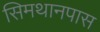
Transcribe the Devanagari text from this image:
सिमथानपास